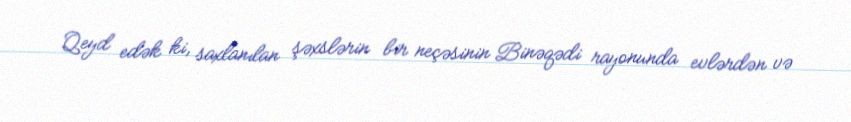
Qeyd edək ki, saxlanılan şəxslərin bir neçəsinin Binəqədi rayonunda evlərdən və